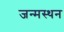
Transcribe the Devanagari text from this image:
जन्मस्थन